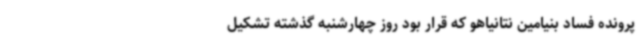
پرونده فساد بنیامین نتانیاهو که قرار بود روز چهارشنبه گذشته تشکیل